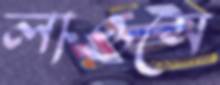
লাওসে